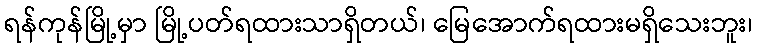
ရန်ကုန်မြို့မှာ မြို့ပတ်ရထားသာရှိတယ်၊ မြေအောက်ရထားမရှိသေးဘူး၊